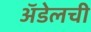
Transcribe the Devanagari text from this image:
अॅडेलची